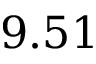
9 . 5 1